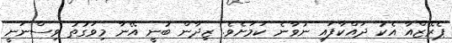
ޕެރޭޒްއާ އެކު ދައްކާފައި ނުވާނެ ކަމަށެވެ. ޒިދާން ބުނީ އޭނާ މިވަގުތު ވިސްނަނީ